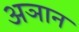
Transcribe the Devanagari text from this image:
अञान